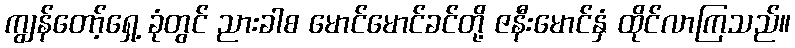
ကျွန်တော့်ရှေ့ ခုံတွင် ညားခါစ မောင်မောင်ခင်တို့ ဇနီးမောင်နှံ ထိုင်လာကြသည်။